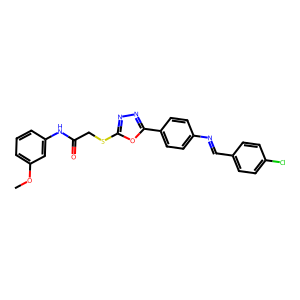
SMILES: COc1cccc(NC(=O)CSc2nnc(-c3ccc(N=Cc4ccc(Cl)cc4)cc3)o2)c1
Inhibits HIV replication: No